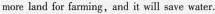
more land for farming,and it will save water.